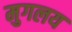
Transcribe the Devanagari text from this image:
मुगलय